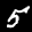
Label: 5